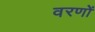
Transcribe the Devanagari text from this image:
वरणों